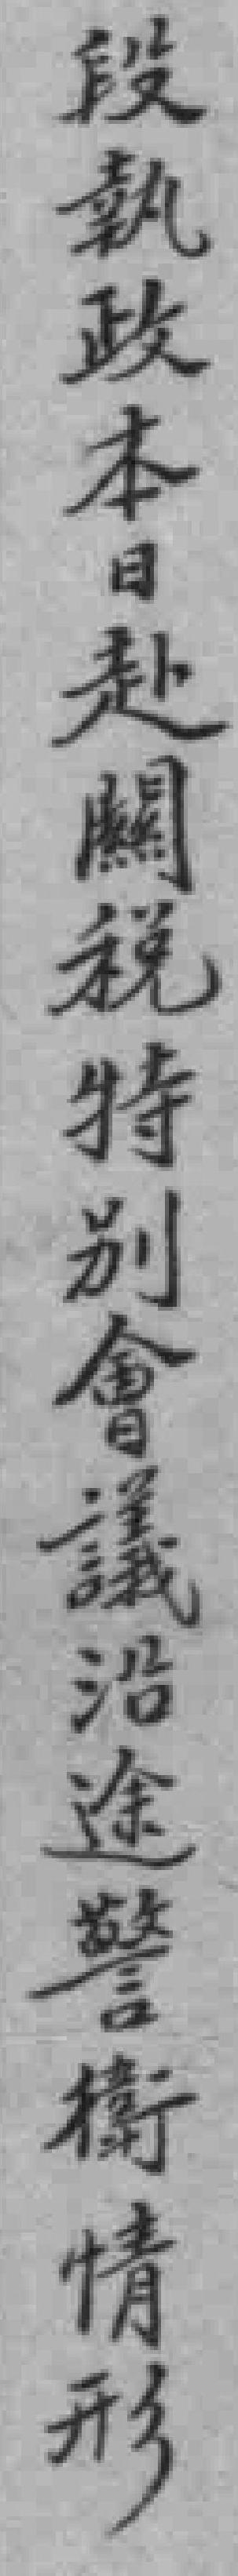
段執政本日赴闗税特別會議沿途警衛情形